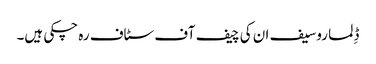
ڈِلما روسیف ان کی چیف آف سٹاف رہ چکی ہیں۔